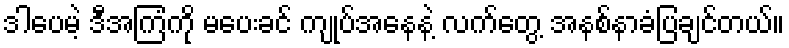
ဒါပေမဲ့ ဒီအကြံကို မပေးခင် ကျုပ်အနေနဲ့ လက်တွေ့ အနစ်နာခံပြချင်တယ်။